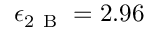
\epsilon _ { 2 \mathrm { ~ B ~ } } = 2 . 9 6